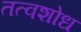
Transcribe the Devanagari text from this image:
तत्वशोध